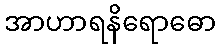
အာဟာရနိရောဓော